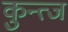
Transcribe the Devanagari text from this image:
कुन्त्ज